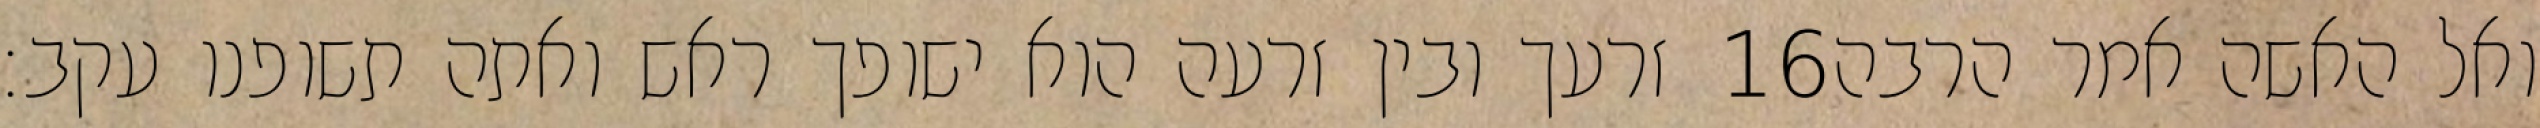
זרעך ובין זרעה הוא ישופך ראש ואתה תשופנו עקב׃ ‎16‏ ואל האשה אמר הרבה